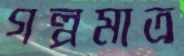
গল্পমাত্র